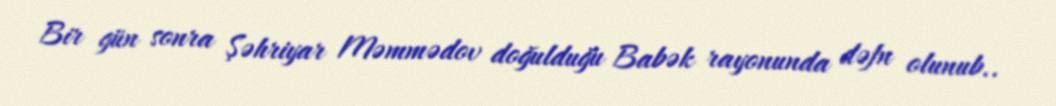
Bir gün sonra Şəhriyar Məmmədov doğulduğu Babək rayonunda dəfn olunub..